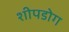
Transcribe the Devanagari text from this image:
शीपडोग